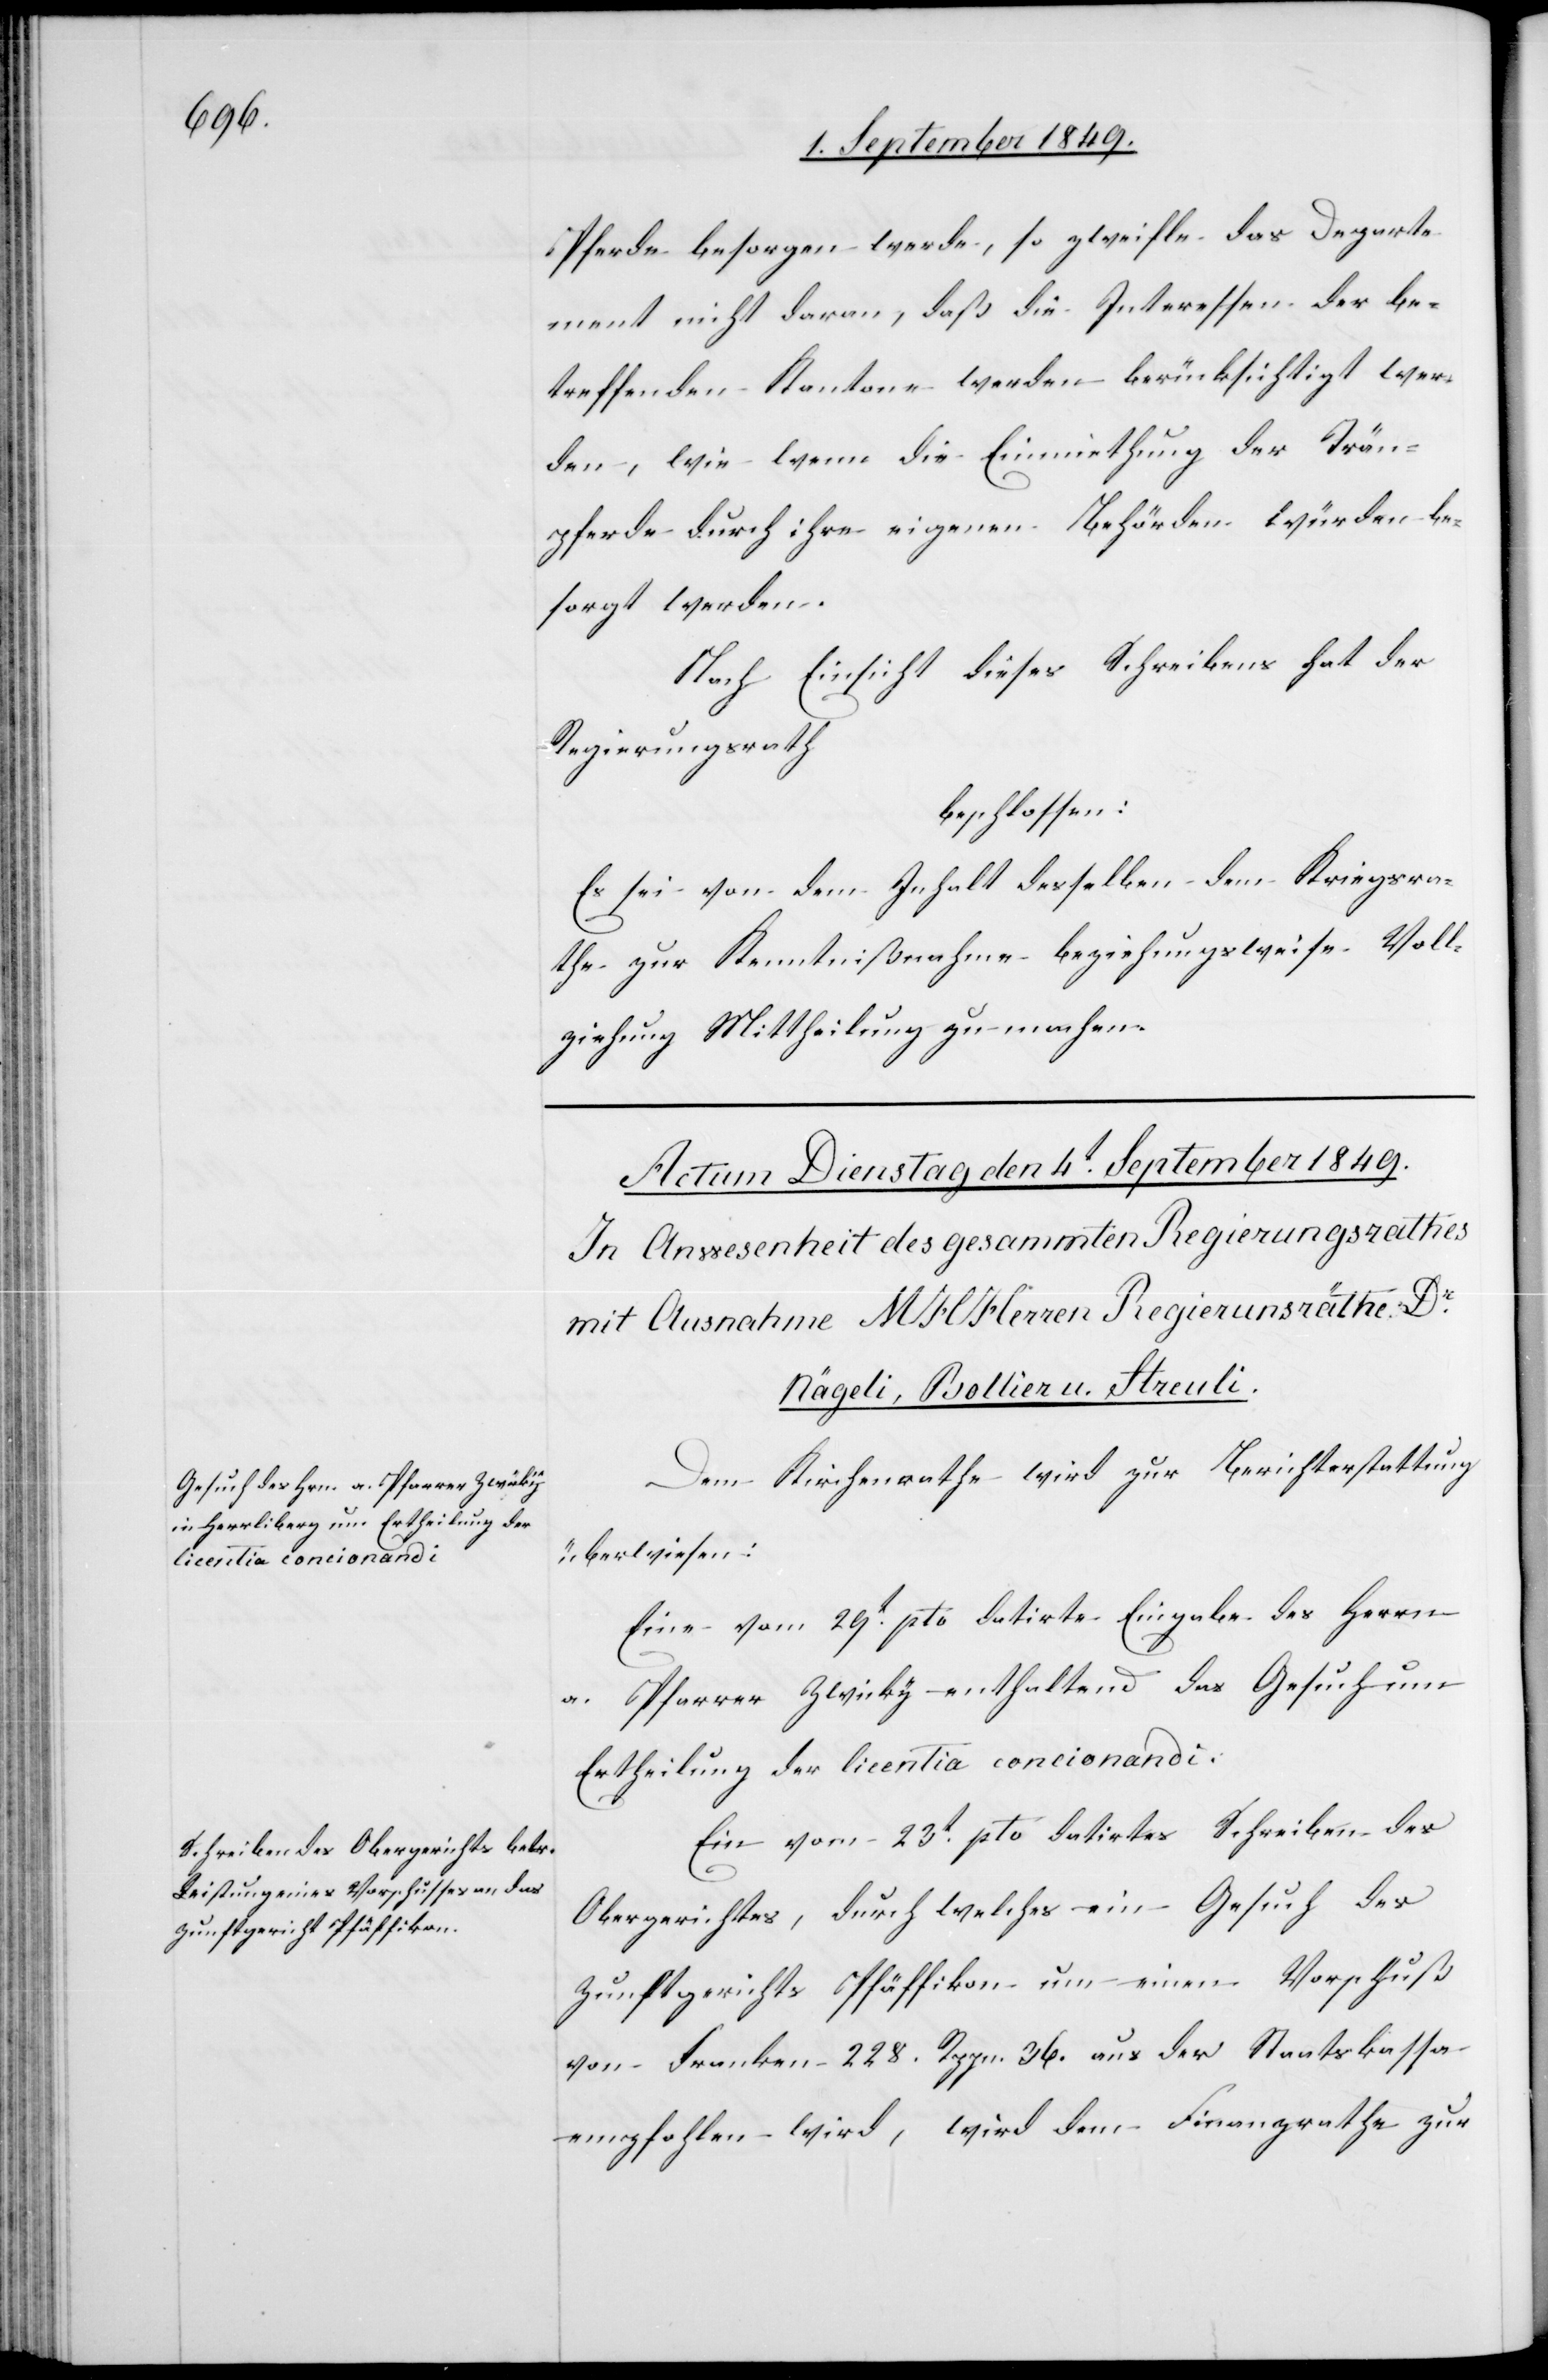
Pferde besorgen werde, so zweifelt das Departe¬
ment nicht daran, daß die Interessen der be¬
treffenden Kantone werden berücksichtigt wer¬
den, wie wenn die Einmiethung der Trän¬
pferde durch ihre eigenen Behörden würden be¬
sorgt werden.
Nach Einsicht dieses Schreibens hat der
Regierungsrath
beschlossen:
Es sei von dem Inhalt desselben dem Kriegsra¬
the zur Kenntnißnahme beziehungswiese Voll¬
ziehung Mittheilung zu machen.
Dem Kirchenrathe wird zur Berichterstattung
überwiesen:
Eine vom 29t pto datirte Eingabe des Herrn
a. Pfarrer Zwicky enthaltend das Gesuch um
Ertheilung der licentia concionandi.
Ein vom 23t pto datirtes Schreiben des
Obergerichtes, durch welches ein Gesuch des
Zunftgerichtes Pfäffikon um einen Vorschuß
von Franken 228. Rppn. 36. aus der Staatskassa
empfohlen wird, wird dem Finanzrathe zur